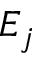
E _ { j }